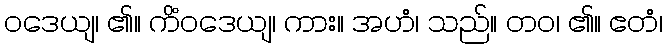
ဝဒေယျ၊ ၏။ ကိံဝဒေယျ၊ ကား။ အဟံ၊ သည်။ တဝ၊ ၏။ ဧတံ၊